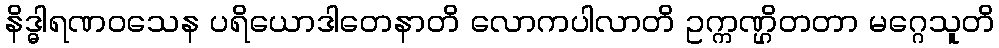
နိဒ္ဓါရဏဝသေန ပရိယောဒါတေနာတိ လောကပါလာတိ ဥက္ကဏ္ဌိတတာ မဂ္ဂေသူတိ